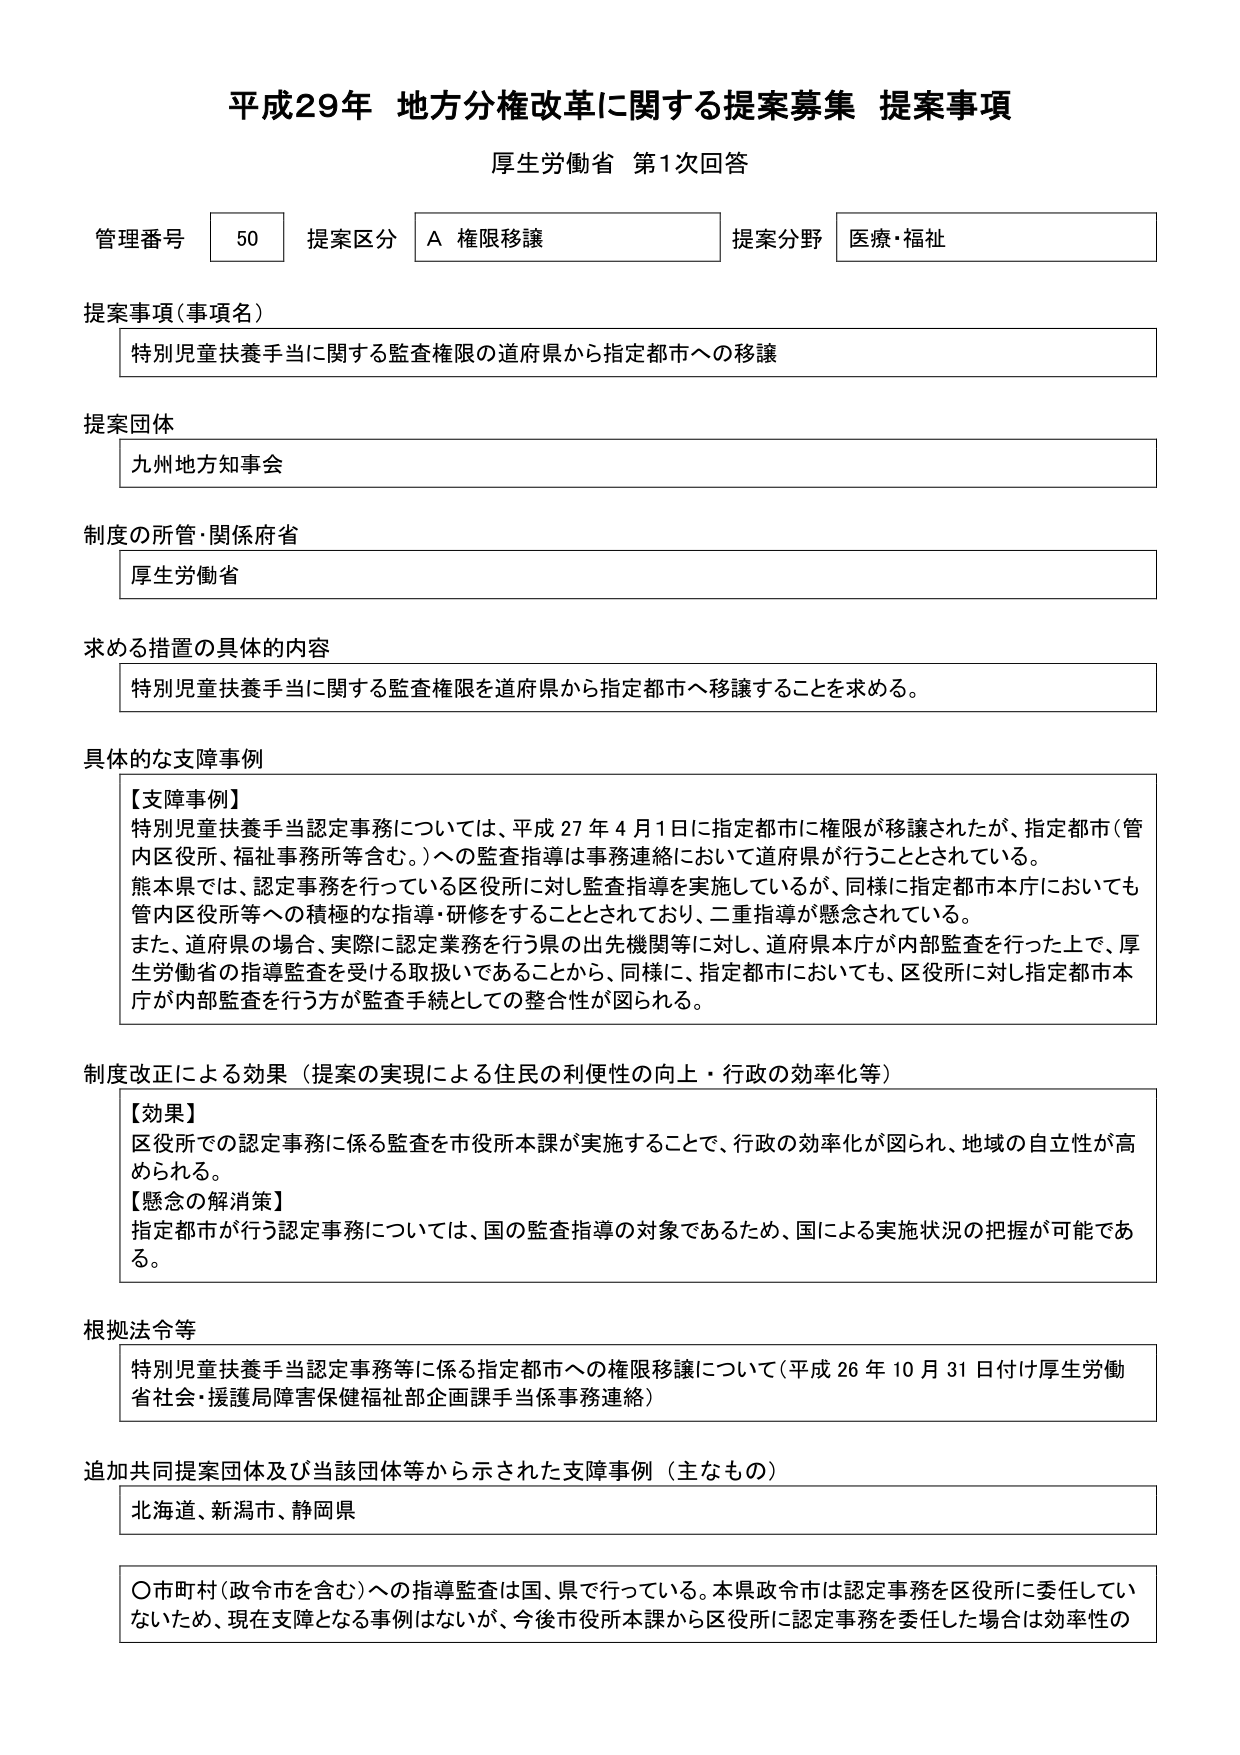
平成29年 地方分権改革に関する提案募集 提案事項
厚生労働省 第1次回答

管理番号 50 提案区分 A 権限移譲 提案分野 医療・福祉

提案事項（事項名）
特別児童扶養手当に関する監査権限の道府県から指定都市への移譲

提案団体
九州地方知事会

制度の所管・関係府省
厚生労働省

求める措置の具体的内容
特別児童扶養手当に関する監査権限を道府県から指定都市へ移譲することを求める。

具体的な支障事例
【支障事例】
特別児童扶養手当認定事務については、平成27年4月1日に指定都市に権限が移譲されたが、指定都市（管内区役所、福祉事務所等含む。）への監査指導は事務連絡において道府県が行うこととされている。
熊本県では、認定事務を行っている区役所に対し監査指導を実施しているが、同様に指定都市本庁においても管内区役所等への積極的な指導・研修をすることとされており、二重指導が懸念されている。
また、道府県の場合、実際に認定業務を行う県の出先機関等に対し、道府県本庁が内部監査を行った上で、厚生労働省の指導監査を受ける取扱いであることから、同様に、指定都市においても、区役所に対し指定都市本庁が内部監査を行う方が監査手続としての整合性が図られる。

制度改正による効果（提案の実現による住民の利便性の向上・行政の効率化等）
【効果】
区役所での認定事務に係る監査を市役所本課が実施することで、行政の効率化が図られ、地域の自立性が高められる。
【懸念の解消策】
指定都市が行う認定事務については、国の監査指導の対象であるため、国による実施状況の把握が可能である。

根拠法令等
特別児童扶養手当認定事務等に係る指定都市への権限移譲について（平成26年10月31日付け厚生労働省社会・援護局障害保健福祉部企画課手当係事務連絡）

追加共同提案団体及び当該団体等から示された支障事例（主なもの）
北海道、新潟市、静岡県

○市町村（政令市を含む）への指導監査は国、県で行っている。本県政令市は認定事務を区役所に委任していないため、現在支障となる事例はないが、今後市役所本課から区役所に認定事務を委任した場合は効率性の